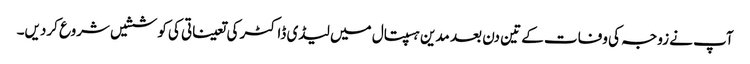
آپ نے زوجہ کی وفات کے تین دن بعد مدین ہسپتال میں لیڈی ڈاکٹر کی تعیناتی کی کوششیں شروع کردیں۔